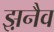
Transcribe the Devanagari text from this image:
झ़नैव